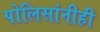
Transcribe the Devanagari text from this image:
पोलिसांनीही